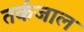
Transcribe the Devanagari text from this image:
तर्कजाल